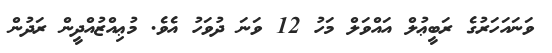
ވަނައަހަރުގެ ރަބީޢުލް އައްވަލް މަހު 12 ވަނަ ދުވަހު އެވެ. މުޢިއްޒުއްދީން ރަދުން